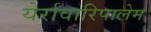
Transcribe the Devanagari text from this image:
येर्रावारिपालेम